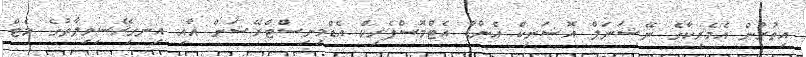
އިތުރުން އެމެރިކާގެ ނޭޝަނަލް އޮޝަނިކް އެންޑް އެޓްމޮސްފެރިކް އެޑްމިނިސްޓްރޭޝަން އާއި އިނގިރޭސިވިލާތުގެ މެޓް